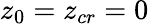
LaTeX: z_{0}=z_{cr}=0